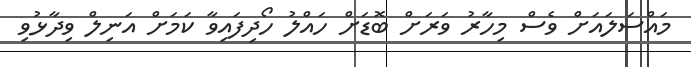
މައްސަލައަށް ވެސް މިހާރު ވަރަށް ބޮޑަށް ހައްލު ހޯދިފައިވާ ކަމަށް އަނިލް ވިދާޅުވި